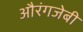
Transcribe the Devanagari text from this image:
औरंगजेबी